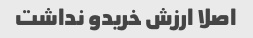
اصلا ارزش خریدو نداشت